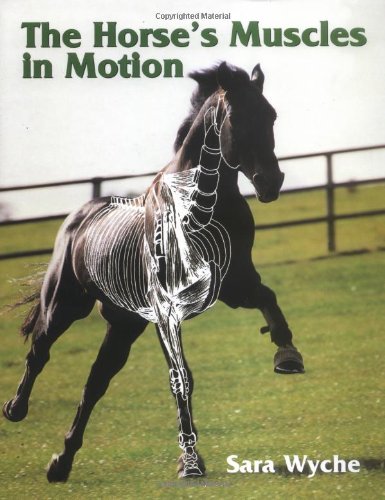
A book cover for The Horse's Muscles in Motion; Sara Wyche; Medical Books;